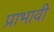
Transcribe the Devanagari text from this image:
प्राभावी